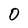
Character: O